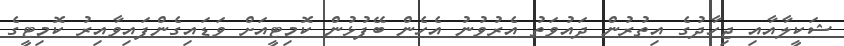
ޝަކީލާއާއި ޖިހާދުގެ އިތުރުން ދައުވަތު އެރުވުނު އެހެން ބޭފުޅުން ކޮމިޓީއަށް ވަޑައިގެންފައިވާއިރު ކޮމިޓީގެ